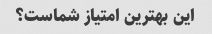
این بهترین امتیاز شماست؟